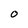
Character: O